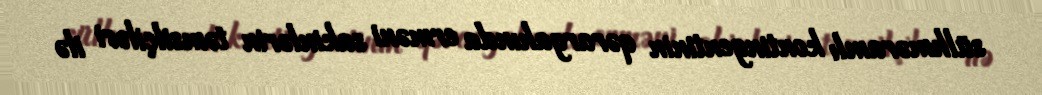
sülhməramlı kontingentinin qərargahında erməni sakinlərin təmsilçiləri ilə